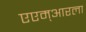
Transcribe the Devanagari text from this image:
एएम्‌आरला